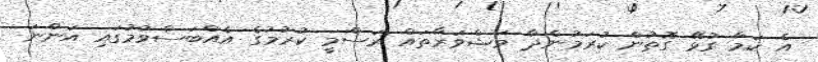
އެ ކަމާ ގުޅޭ ގޮތުން ކުރަމުންދާ މަޝްވަރާތައް ރަސްމީ ކުރުމުގެ އެއްބަސްވުމުގައި އަންނަ